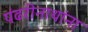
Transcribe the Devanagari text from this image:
पंढरीनाथांना